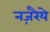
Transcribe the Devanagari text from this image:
नज़रैये